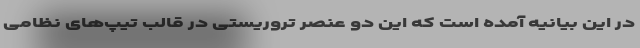
در این بیانیه آمده است که این دو عنصر تروریستی در قالب تیپ‌های نظامی